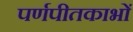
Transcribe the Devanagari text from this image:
पर्णपीतकाभों